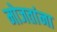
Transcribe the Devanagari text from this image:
मोजतांना